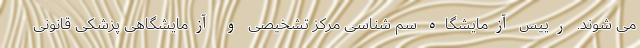
می شوند. رییس آزمایشگاه سم شناسی مرکز تشخیصی و آزمایشگاهی پزشکی قانونی